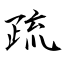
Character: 疏